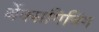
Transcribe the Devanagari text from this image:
थेंक्सगिविंग